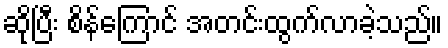
ဆိုပြီး စိန်ကြောင် အတင်းထွက်လာခဲ့သည်။